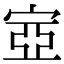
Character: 㝞